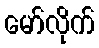
မော်လိုက်